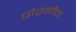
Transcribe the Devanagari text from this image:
पोरनीक